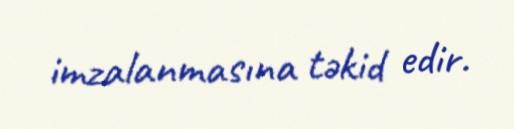
imzalanmasına təkid edir.